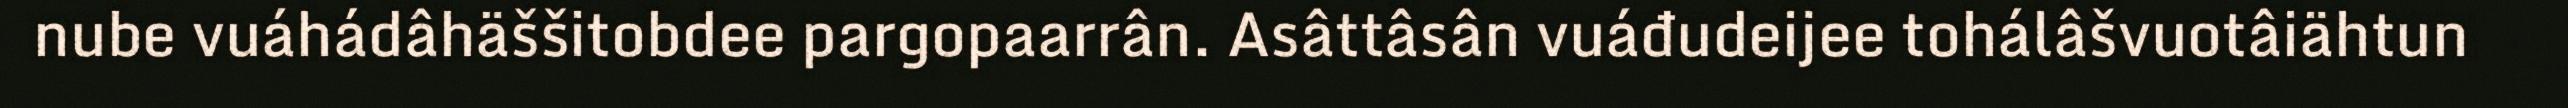
nube vuáhádâhäššitobdee pargopaarrân. Asâttâsân vuáđudeijee tohálâšvuotâiähtun